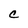
Character: C